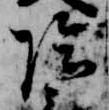
陰